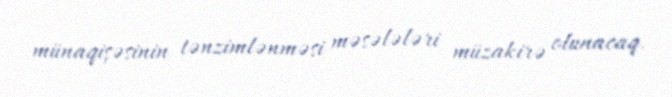
münaqişəsinin tənzimlənməsi məsələləri müzakirə olunacaq.